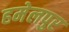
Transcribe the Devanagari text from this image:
हमेलपुर